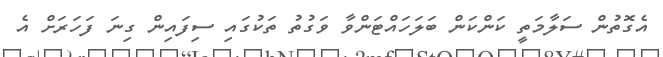
އެގޮތުން ސަލާމަތީ ކަންކަން ބަލަހައްޓަންވާ ވަގުތު ތަކުގައި ސިފައިން ގިނަ ފަހަރަށް އެ